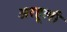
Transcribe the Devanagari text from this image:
अरहूली